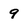
Character: 9